Scottish Leaving Certificate Examination, 1957
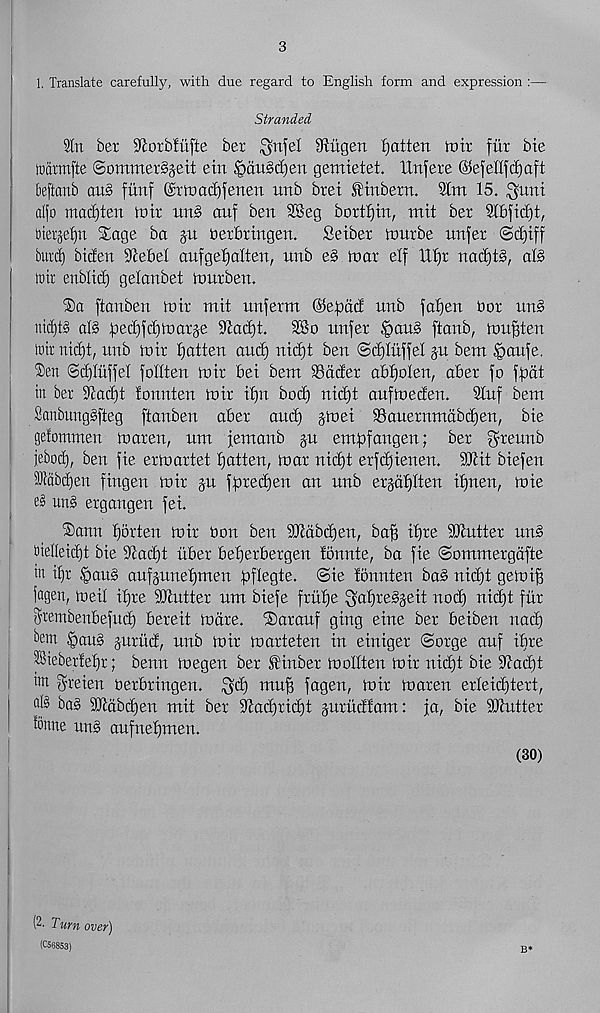
3
1. Translate carefully, with due regard to English form and expression :—
Stranded
lit ber 9cotb!ufte ber $ n !el 9lugert fjatten in it fitt bte
Itdtmfte @ommer§5ett ein ^)dit§l)en gemietet. XXnfere ©efellfdjaft
Beftanb au§ fitnf ©rtnadifenen unb bret fittbetn. 1m 15. $unt
alfo mad)ten loir un§ atif ben 3Keg bottom, mit bet Ibfilit,
btetjelju Stage ba ju betbtingen.
Setbet nmtbe nnfet <Sd)tff
burd) bitfen Siebel aufgefjalten, unb e§ mat elf Hf)t nafyiZ, aB
to it enbltd) gelanbet mutben.
®a ftanben mit mil unferm (Sepdcl unb fallen hot nns
nict)t§ al§ fiec^fditDatje iftaclit.
3Bo nnfet §au§ ftanb, nmfften
Ittr nid)t, unb mit fatten and) nidjt ben @d)luffel ju bem §aufe.
®eti ©djluffel follten mit bei bent 93ddet abljolen, abet fo fpdt
in bet iliadit fonnten mit iljn bod) nid)t aufmeden.
2luf bem
SanbungSfteg ftanben abet aud) jmei SBauernmdbdien, bie
gelommen maten, um femanb ju empfangen; bet grennb
jebocf), ben fie etmattet fatten, mat nid)t erfdjienen. iOtit biefen
3Jldbd)en fingen mit §n ffited)en an unb er§dl)lten iljnen, mie
uni etgangen fei.
®ann gotten mit hon ben Stlidbdien, ba^ il)te ibiuttet uni
btelleid)t bie bandit iiber belietbetgen lonnte, ba fie ©ommetgdfte
w il)t §aui aufjuneljmen ftflegte. @ie lonnten bai nid)t gemi^
fagen, meil iljte ibiuttet um biefe ftitlie fya£)fei§eit nod) nid)t fiit
Stembenbefud) beteit mate. ®atauf ging eine bet beiben nad)
^etn §ani jutttd, unb mir matteten in einiget ©orge auf ibte
®ieber!el)r; benn megen bet Slinbet mollten mit nid)t bie biaibt
im gteien hetbtingen. ^d) mu^ fagen, mit maten etleidjtett,
bai 3Jtdbd)en mit bet btad)tid)t jutudlam: fa, bie bbuttet
Bnne uni aufneljmen.
(30)
(2. Turn over)
(Co6853)